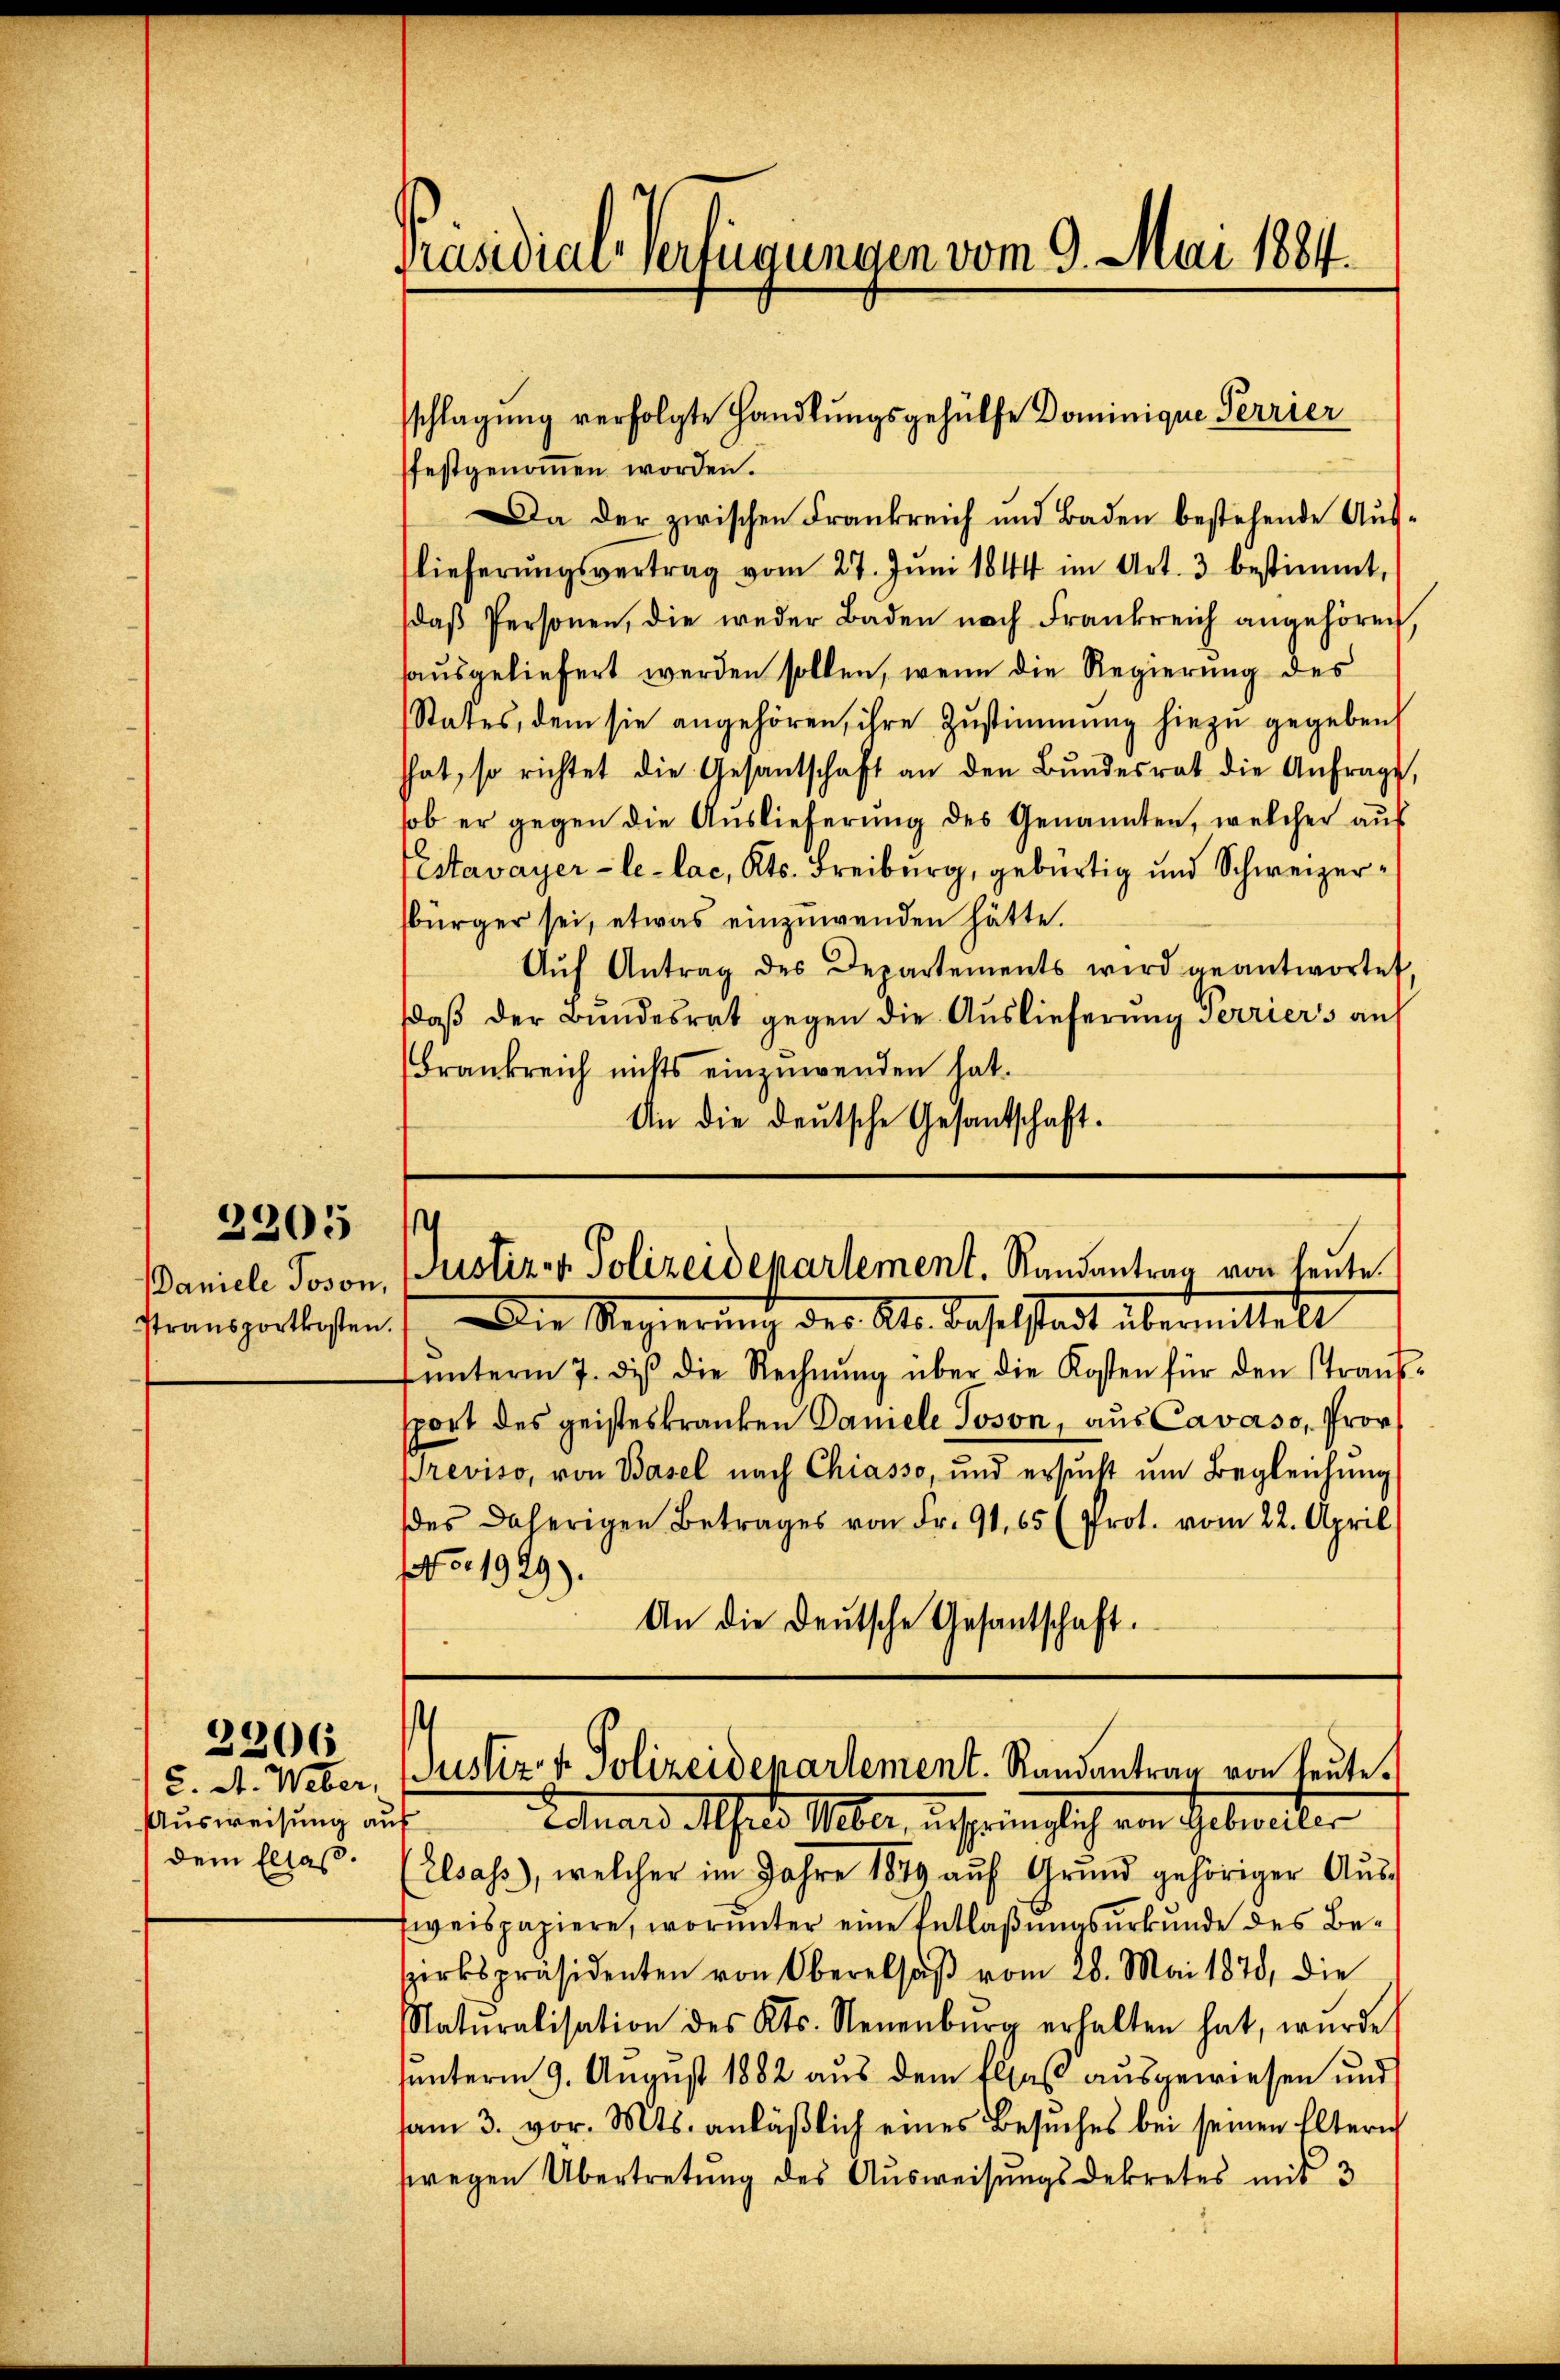
2205

Ptransportkosten.

Ausweisung auf
dem Elsaß.

2206

festgenommen worden.
Da der zwischen Frankreich und Baden bestehende Auslieferŭngsvertrag vom 27. Jŭni 1844 im Art. 3 bestimmt,
daβ Personen, die weder Baden nach Frankreich angehören,
sausgeliefert werden sollen, wenn die Regierung des
States, dem sie angehören, ihre Zustimmung hiezu gegeben,
hhat, so richtet die Gesantschaft an den Bŭndesrat die Anfrage,
sob er gegen die Auslieferung des Genannten, welcher auf
Pestavayer-le-lac, Kts. Freiburg, gebürtig und Schweizerbürger sei, etwas einzuwenden hätte.
Aŭf Antrag des Departements wird geantwortet
daβ der Bundesrat gegen die Auslieferung Perriers an
Frankreich nichts einzuwenden hat.
An die deutsche Gesantschaft.

Präsidial-Verfügungen vom 9. Mai 1884.

sschlagung verfolgte Handlungsgehülfe Dominique Perrier

.
Daniele Joson, Justiz- & Polizeidepartement. Randantrag von heute.
Die Regierung der Al. daselstadt übermittelt

fŭnterm 7. diβ die Rechnŭng über die Kosten für den Straŭs-
sport des geisteskranken Damele Joson, aus Cavaso, Prov
Previso, von Basel nach Chiasso, und ersucht um Begleichung
des daherigen Betrages von Fr. 91. 65 (Prot. vom 22. April
No. 1929).
An die Deutsche Gesantschaft.

u. A. Weber, Justiz- & Polizeidepartement. Randantrag von heute.
Totals Mehrer Mlle, urspringlich von Gebreiter

(Elsass, welcher im Jahre 1849 aŭf Grŭnd gehöriger Aŭs-
weispapiere, worunter eine Entlaßungsurkunde des Bezirkspräsidenten von Oberalsaβ vom 28. Mai 1878, die
Natŭralisation des Kts. Neuenburg erhalten hat, wurde
sunterm 9. August 1882 aus dem Elsaß ausgewiesen und
am 3. vor. Mts. anläβlich eines Besŭches bei seinen Elteri
wegen Übertretung des Ausweisungsdekretes mit 3